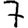
Digit: 7